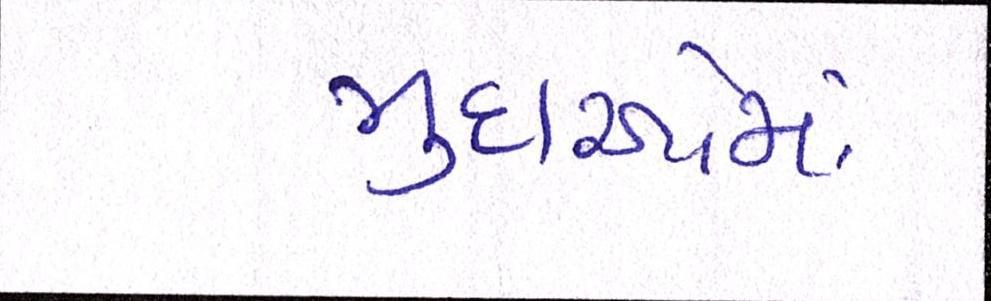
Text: મુદાઓમાં